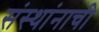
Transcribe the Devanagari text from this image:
संस्थांनाची